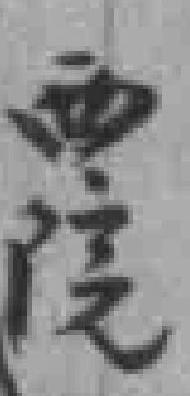
西院